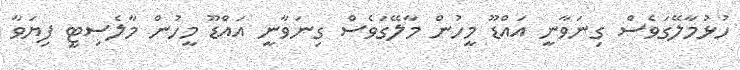
ހުޅުމާލޭގަވެސް ގިނަވާނީ އައްޑޫ މީހުން މާލޭގަވެސް ގިނަވާނީ އައްޑޫ މީހުން މާލެސިޓީ ފިޔަވާ